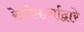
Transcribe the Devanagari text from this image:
रेल्वेमार्गाद्वारे